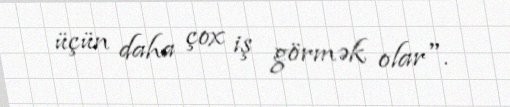
üçün daha çox iş görmək olar".